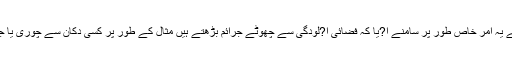
اس تحقیق سے یہ امر خاص طور پر سامنے ا?یا کہ فضائی ا?لودگی سے چھوٹے جرائم بڑھتے ہیں مثال کے طور پر کسی دکان سے چوری یا جیب کاٹ لینا۔